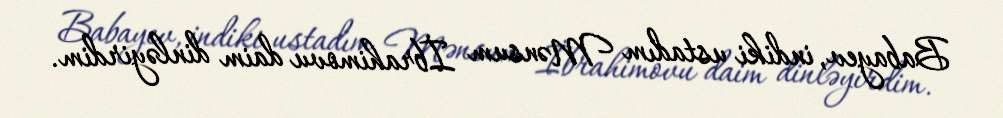
Babayev, indiki ustadım Mənsum İbrahimovu daim dinləyirdim.